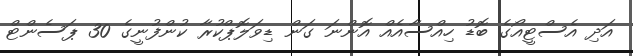
އަދި އެސްޓީއޯގެ ބޮޑު ހިއްސާއެއް އޮންނަ ގަން ޑިވަލޮޕްކުރާ ކުންފުނީގެ 30 ޕަސެންޓް